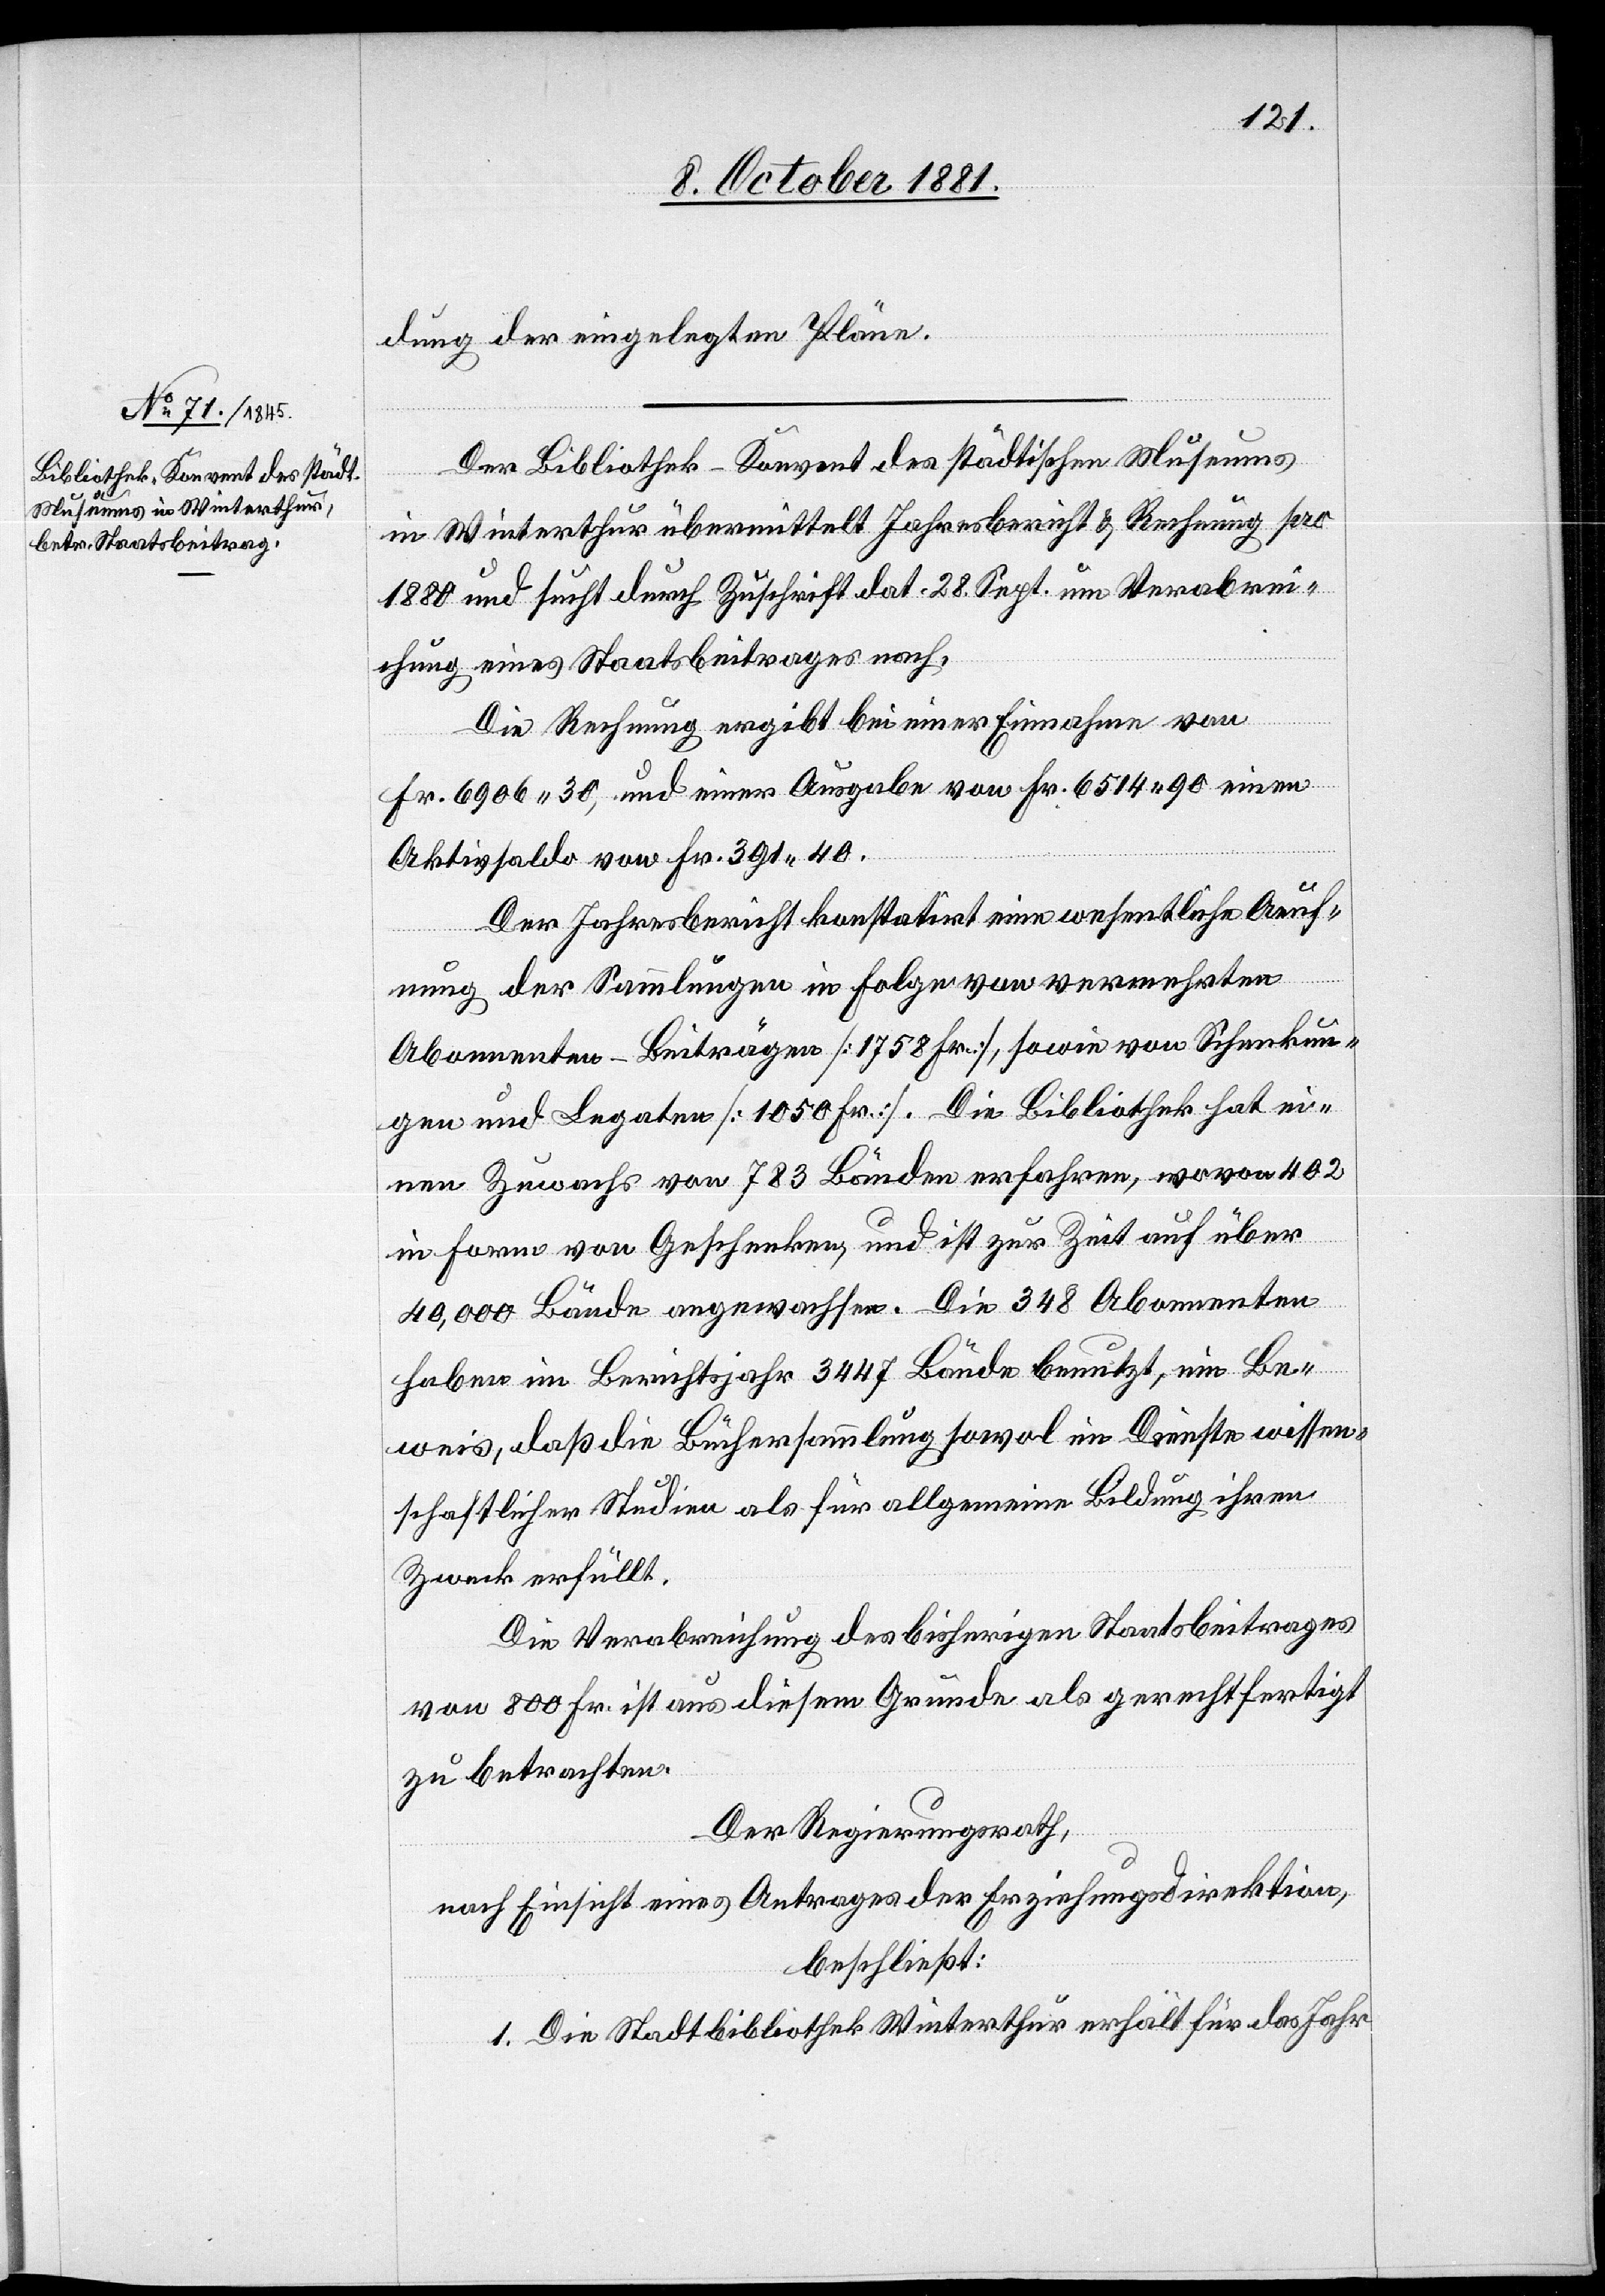
dung der eingelegten Pläne.
Der Bibliothek-Konvent des städtischen Museums
in Winterthur übermittelt Jahresbericht & Rechnung pro
1880 und sucht durch Zuschrift dat. 28. Sept. um Verabrei¬
chung eines Staatsbeitrages nach.
Die Rechnung ergibt bei einer Einnahme von
Fr. 6906 30, und einer Ausgabe von Fr. 6514 90 einen
Aktivsaldo von Fr. 391 40.
Der Jahresbericht konstatirt eine wesentliche Aeuf¬
nung der Sammlungen in Folge von vermehrten
Abonnenten-Beiträgen [1758 Fr.], sowie von Schenkun¬
gen und Legaten [1050 Fr.]. Die Bibliothek hat ei¬
nen Zuwachs von 783 Bänden erfahren, wovon 402
in Form von Geschenken, und ist zur Zeit auf über
40 000 Bände angewachsen. Die 348 Abonnenten
haben im Berichtsjahr 3447 Bände benutzt, ein Be¬
weis, daß die Büchersammlung sowol im Dienste wissen¬
schaftlicher Studien als für allgemeine Bildung ihren
Zweck erfüllt.
Die Verabreichung des bisherigen Staatsbeitrages
von 800 Fr. ist aus diesem Grunde als gerechtfertigt
zu betrachten.
Der Regierungsrath,
nach Einsicht eines Antrages der Erziehungsdirektion,
beschließt:
1. Die Stadtbibliothek Winterthur erhält für das Jahr